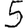
Digit: 5